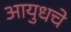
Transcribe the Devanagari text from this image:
आयुधचे